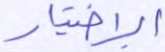
الإختيار